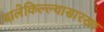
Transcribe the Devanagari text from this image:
बालेकिल्ल्यासारखा